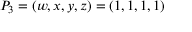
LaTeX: P _ { 3 } = ( w , x , y , z ) = ( 1 , 1 , 1 , 1 )